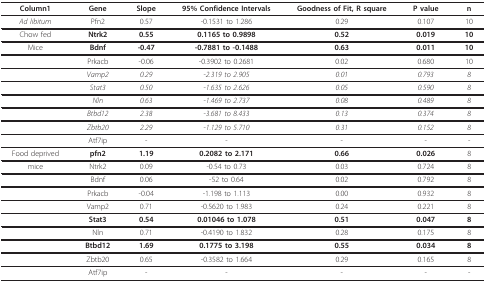
<table><thead><tr><td><b>Column1</b></td><td><b>Gene</b></td><td><b>Slope</b></td><td><b>95% Confidence Intervals</b></td><td><b>Goodness of Fit, R square</b></td><td><b>P value</b></td><td><b>n</b></td></tr></thead><tbody><tr><td><i>Ad libitum </i></td><td>Pfn2</td><td>0.57</td><td>-0.1531 to 1.286</td><td>0.29</td><td>0.107</td><td>10</td></tr><tr><td>Chow fed</td><td><b>Ntrk2</b></td><td><b>0.55</b></td><td><b>0.1165 to 0.9898</b></td><td><b>0.52</b></td><td><b>0.019</b></td><td><b>10</b></td></tr><tr><td>Mice</td><td><b>Bdnf</b></td><td><b>-0.47</b></td><td><b>-0.7881 to -0.1488</b></td><td><b>0.63</b></td><td><b>0.011</b></td><td><b>10</b></td></tr><tr><td></td><td>Prkacb</td><td>-0.06</td><td>-0.3902 to 0.2681</td><td>0.02</td><td>0.680</td><td>10</td></tr><tr><td></td><td><i>Vamp2</i></td><td><i>0.29</i></td><td>-<i>2.319 to 2.905</i></td><td><i>0.01</i></td><td><i>0.793</i></td><td><i>8</i></td></tr><tr><td></td><td><i>Stat3</i></td><td><i>0.50</i></td><td>-<i>1.635 to 2.626</i></td><td><i>0.05</i></td><td><i>0.590</i></td><td><i>8</i></td></tr><tr><td></td><td><i>Nln</i></td><td><i>0.63</i></td><td>-<i>1.469 to 2.737</i></td><td><i>0.08</i></td><td><i>0.489</i></td><td><i>8</i></td></tr><tr><td></td><td><i>Btbd12</i></td><td><i>2.38</i></td><td>-<i>3.681 to 8.433</i></td><td><i>0.13</i></td><td><i>0.374</i></td><td><i>8</i></td></tr><tr><td></td><td><i>Zbtb20</i></td><td><i>2.29</i></td><td>-<i>1.129 to 5.710</i></td><td><i>0.31</i></td><td><i>0.152</i></td><td><i>8</i></td></tr><tr><td></td><td>Atf7ip</td><td>-</td><td>-</td><td>-</td><td>-</td><td>-</td></tr><tr><td>Food deprived</td><td><b>pfn2</b></td><td><b>1.19</b></td><td><b>0.2082 to 2.171</b></td><td><b>0.66</b></td><td><b>0.026</b></td><td>8</td></tr><tr><td>mice</td><td>Ntrk2</td><td>0.09</td><td>-0.54 to 0.73</td><td>0.03</td><td>0.724</td><td>8</td></tr><tr><td></td><td>Bdnf</td><td>0.06</td><td>-52 to 0.64</td><td>0.02</td><td>0.792</td><td>8</td></tr><tr><td></td><td>Prkacb</td><td>-0.04</td><td>-1.198 to 1.113</td><td>0.00</td><td>0.932</td><td>8</td></tr><tr><td></td><td>Vamp2</td><td>0.71</td><td>-0.5620 to 1.983</td><td>0.24</td><td>0.221</td><td>8</td></tr><tr><td></td><td><b>Stat3</b></td><td><b>0.54</b></td><td><b>0.01046 to 1.078</b></td><td><b>0.51</b></td><td><b>0.047</b></td><td><b>8</b></td></tr><tr><td></td><td>Nln</td><td>0.71</td><td>-0.4190 to 1.832</td><td>0.28</td><td>0.175</td><td>8</td></tr><tr><td></td><td><b>Btbd12</b></td><td><b>1.69</b></td><td><b>0.1775 to 3.198</b></td><td><b>0.55</b></td><td><b>0.034</b></td><td><b>8</b></td></tr><tr><td></td><td>Zbtb20</td><td>0.65</td><td>-0.3582 to 1.664</td><td>0.29</td><td>0.165</td><td>8</td></tr><tr><td></td><td>Atf7ip</td><td>-</td><td>-</td><td>-</td><td>-</td><td>-</td></tr></tbody></table>